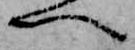
へ